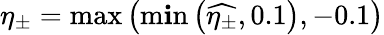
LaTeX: \eta_{\pm}=\operatorname*{max}\left(\operatorname*{m\mathbf{i}n}\left(\widehat{{\eta_{\pm}}},0.1\right),-0.1\right)